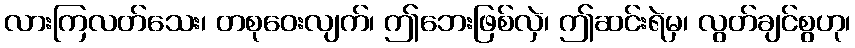
လားကြလတ်သေး၊ တစုဝေးလျက်၊ ဤဘေးဖြစ်လှဲ၊ ဤဆင်းရဲမှ၊ လွတ်ချင်စွဟု၊